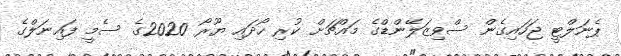
ޕެނަލްޓީ ޖަހައިގެން ސްވިޒަލޭންޑްގެ މައްޗަށް ކުރި ހޯދައި ޔޫރޯ 2020ގެ ސެމީ ފައިނަލްގެ